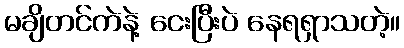
မချိတင်ကဲနဲ့ ငေးပြီးပဲ နေရရှာသတဲ့။